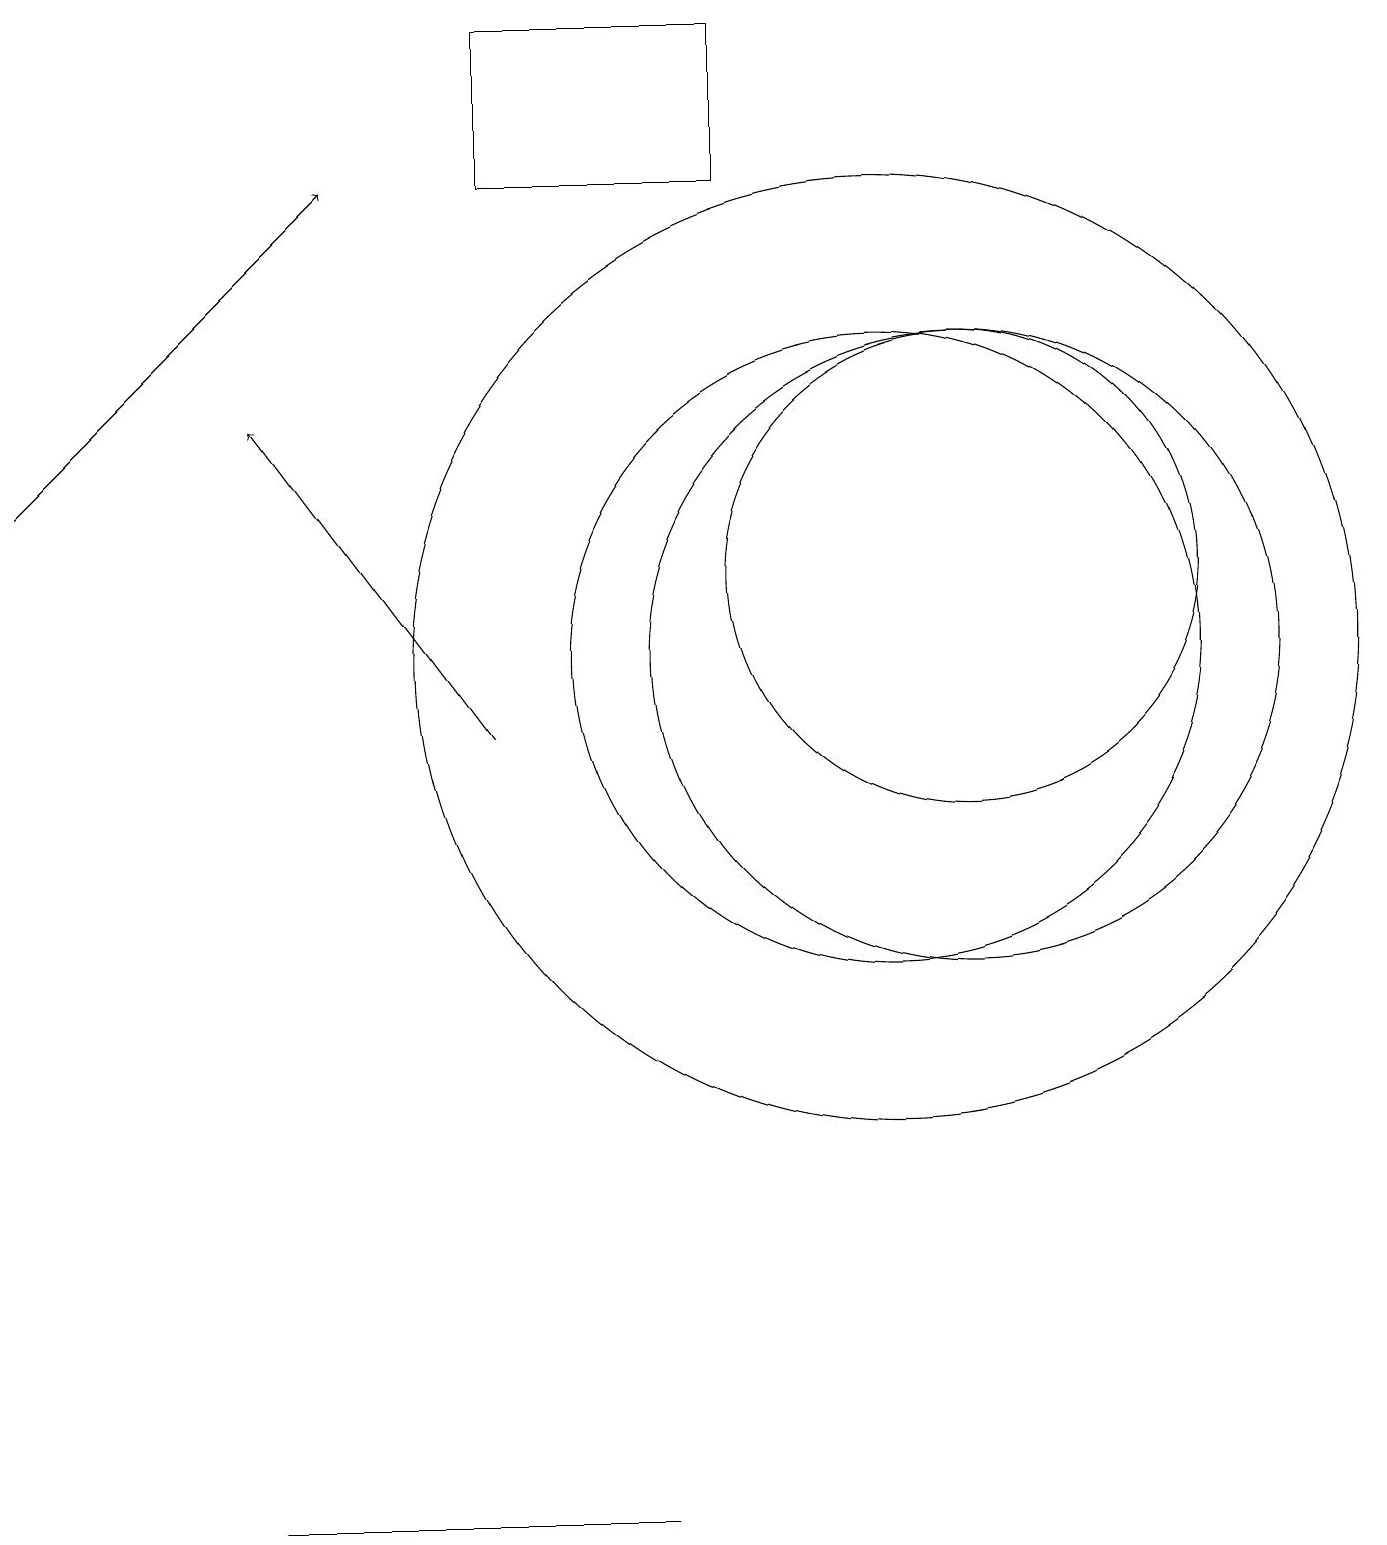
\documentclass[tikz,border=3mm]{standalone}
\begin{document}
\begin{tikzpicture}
\draw (8,0) -- (3,0) -- (3,0) -- cycle;
\draw[->] (0,13) -- (4,17);
\draw (11,11) circle (4);
\draw (11,11) circle (6);
\draw (12,11) circle (4);
\draw (9,17) rectangle (6,19);
\draw (12,12) circle (3);
\draw[->] (6,10) -- (3,14);
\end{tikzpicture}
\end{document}